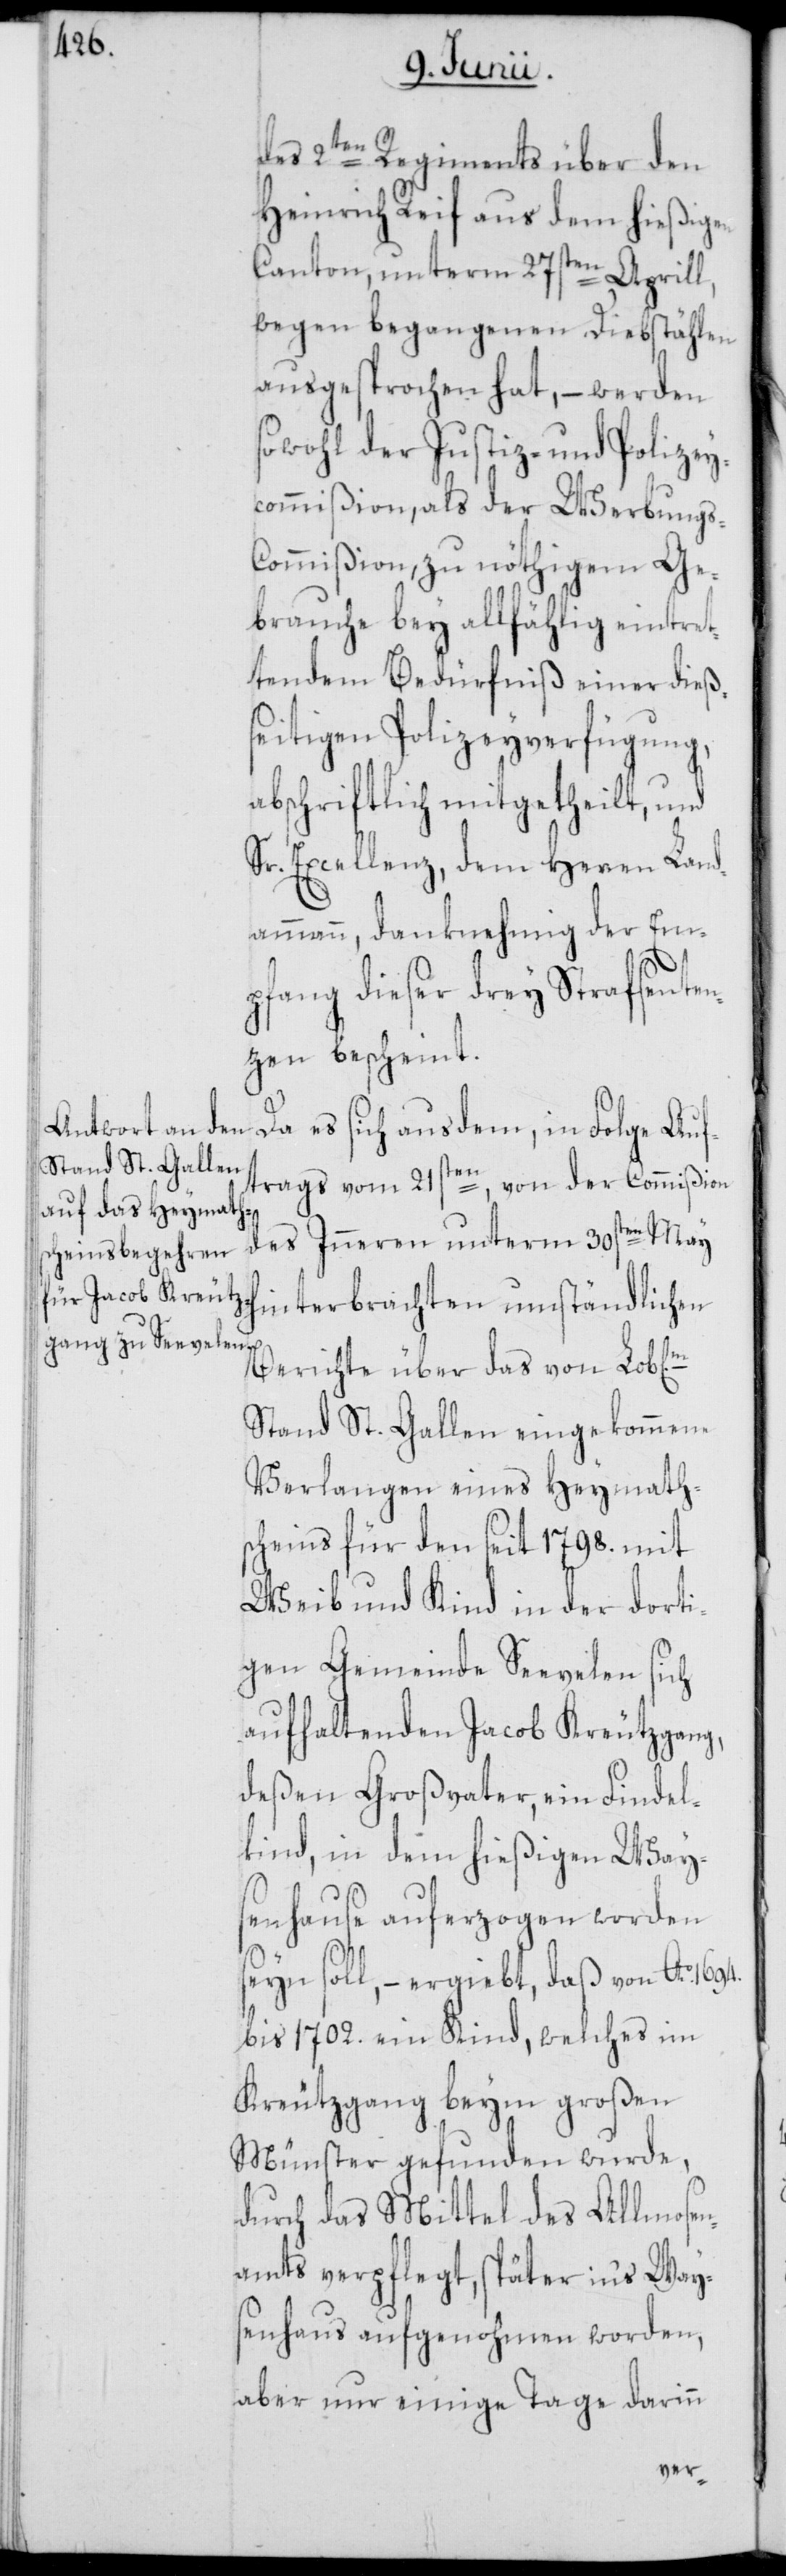
che]m

des 2ten Regiments über den
Heinrich Reif aus dem hießigen
Canton, unterm 27sten Aprill,
wegen begangenen Diebstählen
ausgesprochen hat, – werden
sowohl der Justiz- und Polizey¬
commißion, als der Werbungs-C¬
ommißion, zu nöthigem Ge¬
brauche bey allfählig eintret¬
tendem Bedürfniß einer dieß¬
seitigen Polizeyverfügung,
abschriftlich mitgetheilt, und
Sr. Excellenz, dem Herren Land¬
ammann, danknehmig der Em¬
pfang dieser drey Strafsente¬
nzen bescheint.
Da es sich aus dem, in Folge Auf¬
trags vom 21sten, von der Commißion
des Inneren unterm 30sten May
hinterbrachten umständlichen
Berichte über das von Lob[li¬
Stand St. Gallen eingekommene
Verlangen eines Heymath¬
scheins für den seit 1798. mit
Weib und Kind in der dorti¬
gen Gemeinde Seevelen sich
aufhaltenden Jacob Kreutzgang,
deßen Großvater, ein Findel¬
kind, in dem hießigen Way¬
senhause auferzogen worden
seyn soll, – ergiebt, daß von Ao. 1694.
bis 1702. ein Kind, welches im
Kreutzgang beym großen
Münster gefunden wurde,
durch das Mittel des Allmosen¬
amts verpflegt, später in's Way¬
senhaus aufgenohmen worden,
aber nur einige Tage darinn